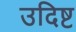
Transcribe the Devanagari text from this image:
उदिष्ट